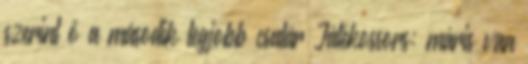
szerint ő a második legjobb csatár Játékossors: máris van